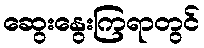
ဆွေးနွေးကြရာတွင်